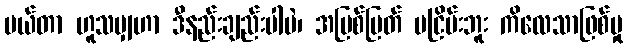
ပယ်တာ ဟူသမျှဟာ ဒီနည်းချည်းပါပဲ၊ အမြစ်ပြတ် မငြိမ်းဘူး ကိလေသာဖြစ်မှု